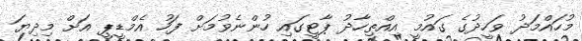
މުހައްމަދު ވަހީދުގެ ގައުމީ އިއްތިހާދު ޕާޓީގައި ހުންނެވުމަށް ފަހު އެމްޑީޕީ އަށް މިދިޔަ